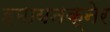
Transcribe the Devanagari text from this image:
हमायनक्नेर